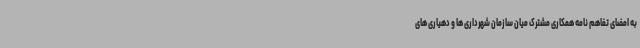
به امضای تفاهم نامه همکاری مشترک میان سازمان شهرداری ها و دهیاری های